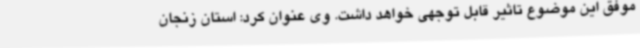
موفق این موضوع تاثیر قابل توجهی خواهد داشت. وی عنوان کرد: استان زنجان